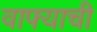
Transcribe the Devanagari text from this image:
वाफ्याची